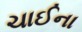
ચાઈના